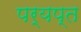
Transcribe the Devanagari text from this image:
पर्यप्त